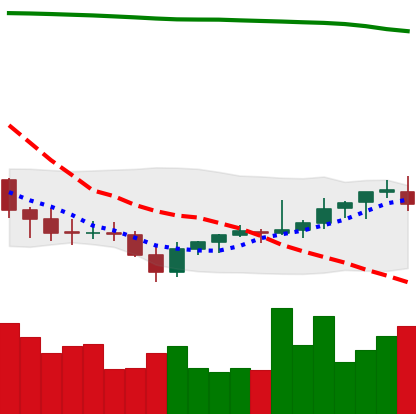
Ticker: EOS-USD
Chart end date: 2021-08-01
Forward return: 9.288%
Label: up_7plus